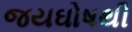
જયઘોષથી